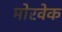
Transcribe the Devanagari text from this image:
मोरवेक